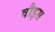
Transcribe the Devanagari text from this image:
वौइस